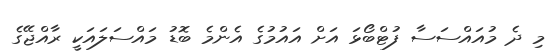
މި ދެ މުއައްސަސާ ފުޓްބޯޅަ އަށް އައުމުގެ އެންމެ ބޮޑު މައްސަލައަކީ ރާއްޖޭގެ